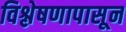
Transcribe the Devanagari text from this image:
विश्लेषणापासून